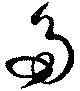
多